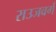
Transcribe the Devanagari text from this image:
राउजवर्ग